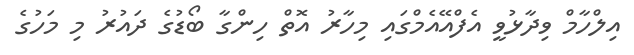
އިލްހާމް ވިދާޅުވީ އެފްއޭއެމްގައި މިހާރު އޮތް ހިންގާ ބޯޑުގެ ދައުރު މި މަހުގެ